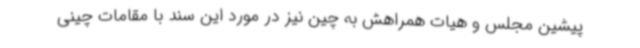
پیشین مجلس و هیات همراهش به چین نیز در مورد این سند با مقامات چینی